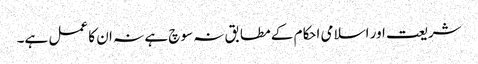
شریعت اور اسلامی احکام کے مطابق نہ سوچ ہے نہ ان کا عمل ہے۔